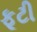
ફૂટી